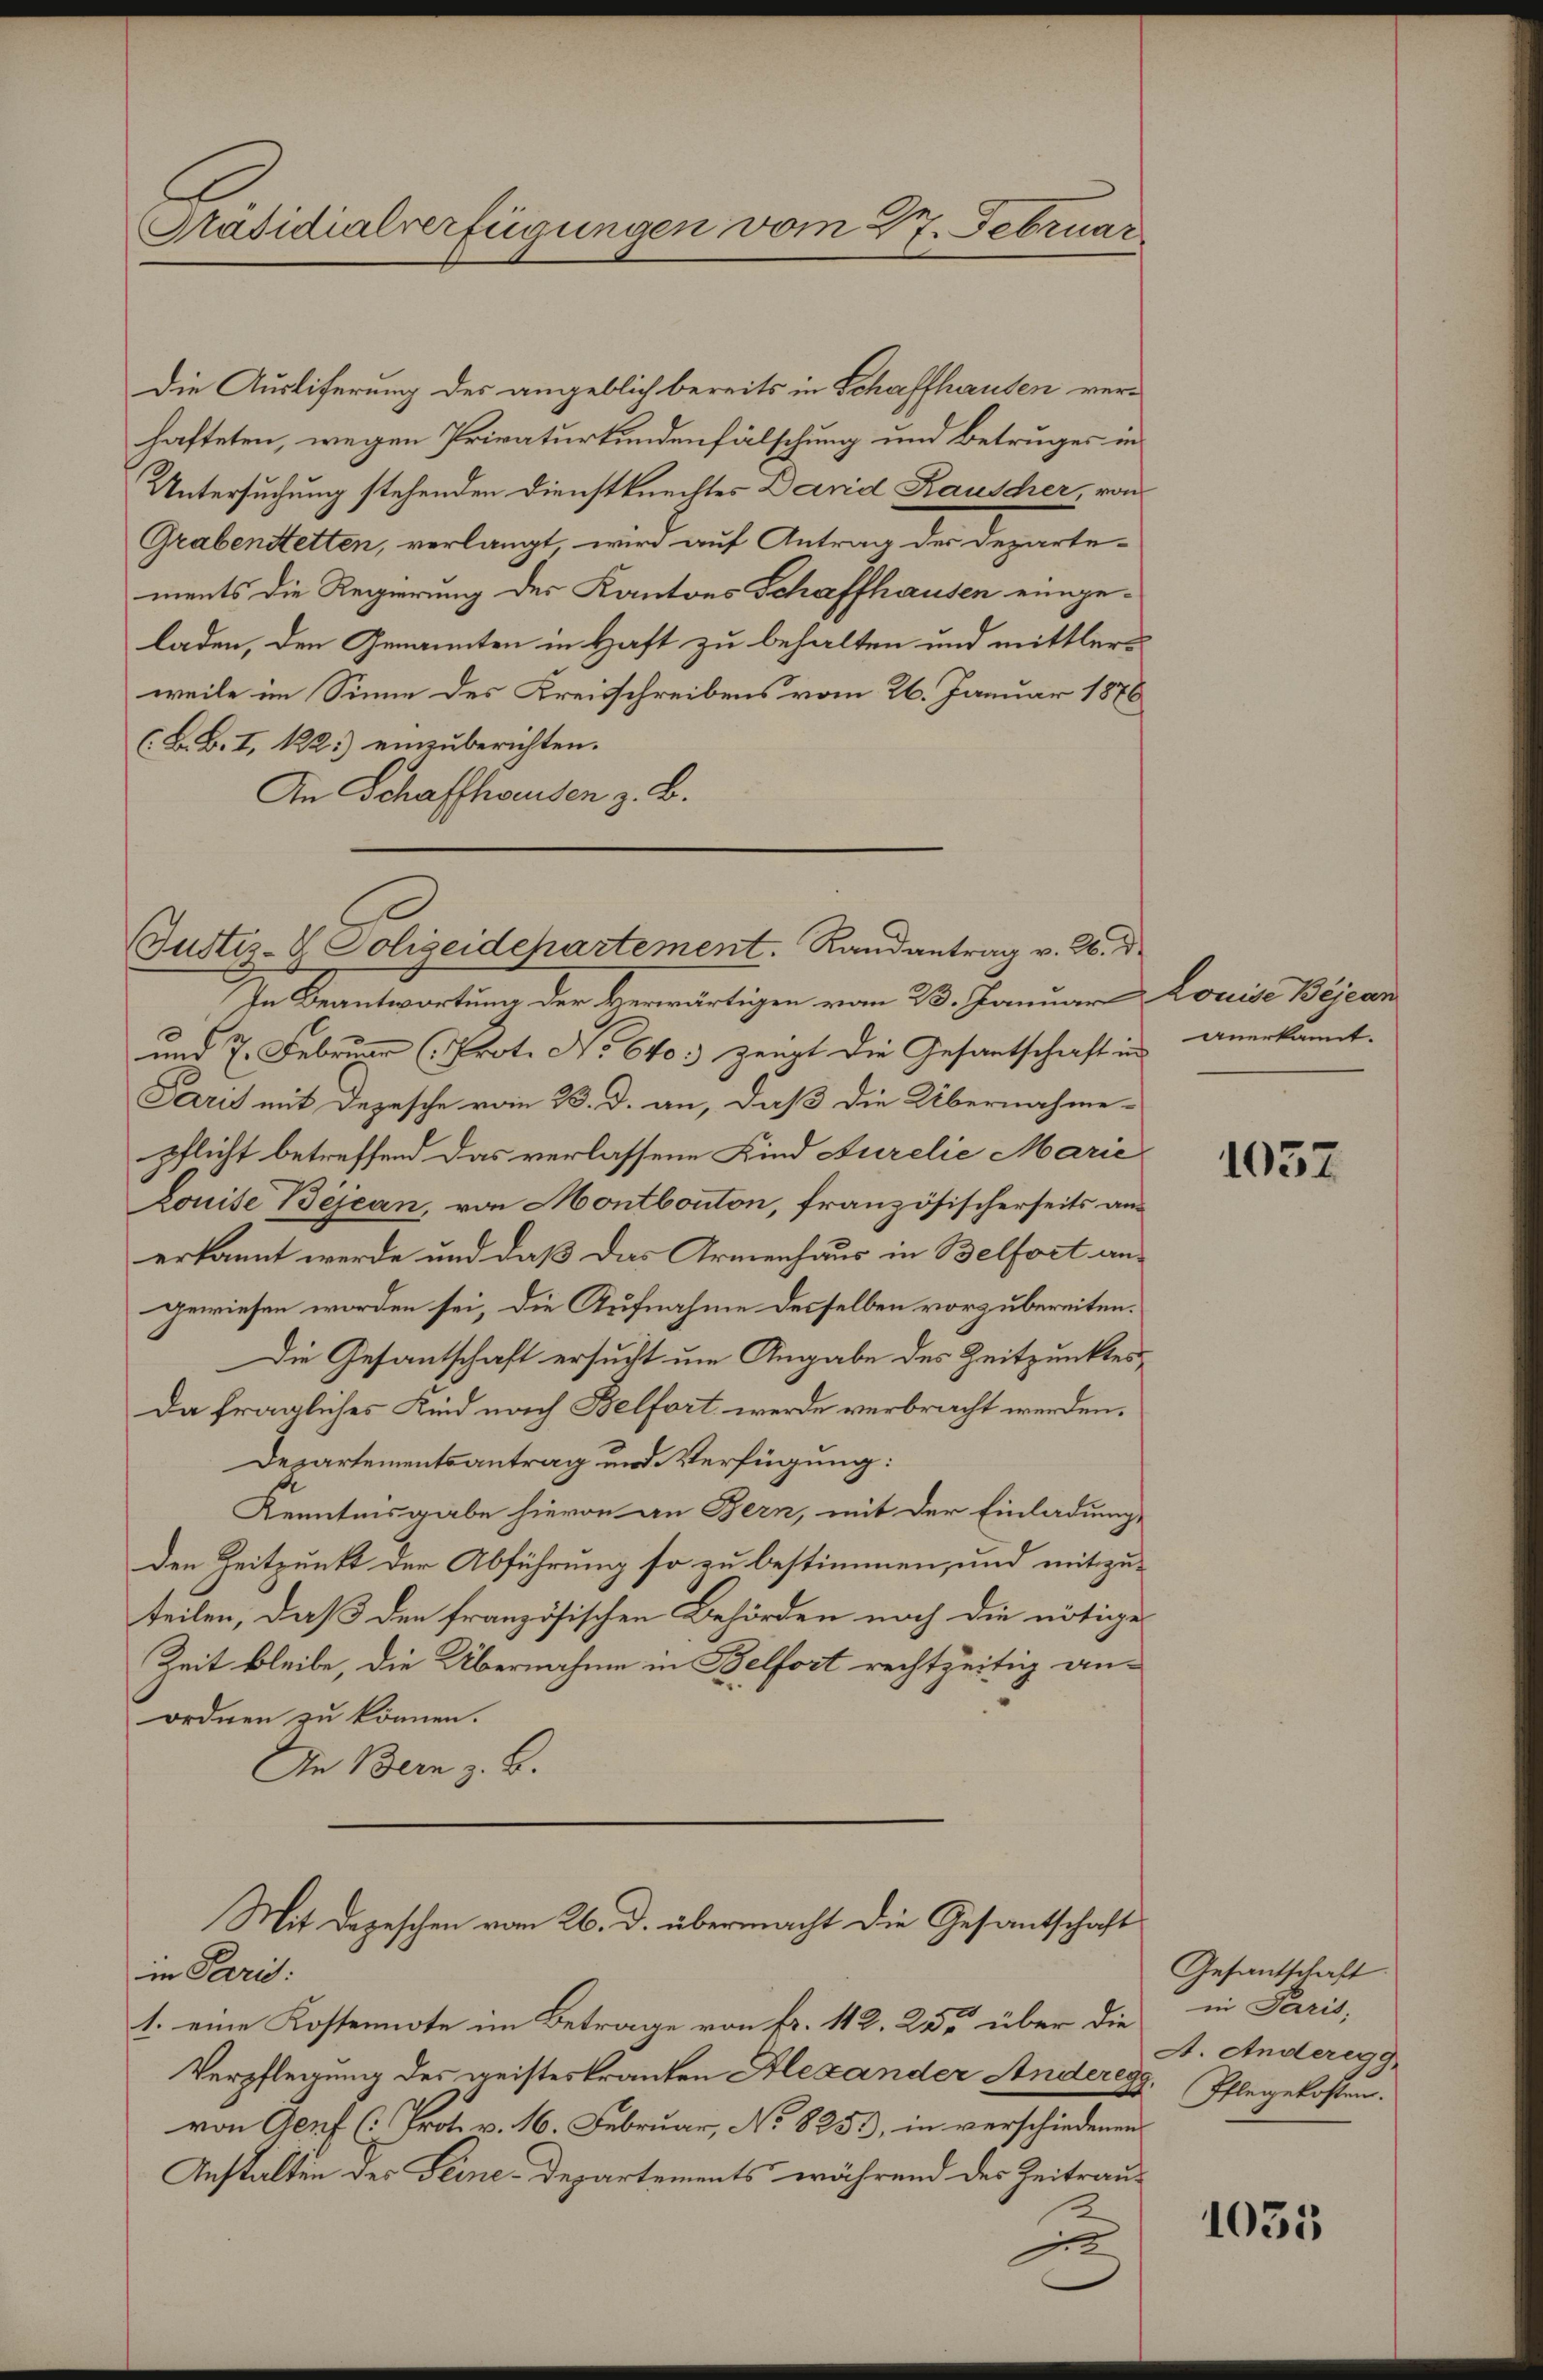
Präsidialverfügungen vom 27. Februar

Die Ausliferung des angeblich bereits in Schaffhausen verhafteten, wegen Privaturkundenfälschung und Betruges in
Untersuchung stehenden Dienstknechtes David Rauscher, von
Grabenstetten, verlangt, wird auf Antrag der Departe-
ments die Regierung des Kantons Schaffhausen eingeladen, den Genannten in Haft zu behalten und mittlers
weile im Sinne des Kreisschreibens vom 26. Januar 1876
(B. B. I, 122.) einzuberichten.
An Schaffhausen z. B.

Justiz- & Polizeidchartement. Randantrag v. M. D.

In Beantwortung der Herwärtigen vom 23. Januar Louise Bejean
und 7. Februar (Prot. No 640 zeugt die Gesantschaft in anerkannt.
Paris mit Depesche vom 23. d. an, daß die Übernahme-
pflicht betreffend das verlassene Kind Aurelie Marić
Louise Bejean, von Montbonton, französischerseits anerkannt werde und daß das Armenhaus in Belfort an-
gewiesen worden sei, die Aufnahme desselben vorzubereiten.
Die Gesantschaft ersucht um Angabe des Zeitpunktes
Da fragliches Kind nach Belfort werde verbracht werden.
Departementsantrag und Verfügung:
Kenntnisgabe hievon an Bern, mit der Einladung
den Zeitpunkt der Abführung so zu bestimmen, und mitzuteilen, daß den französischen Behörden noch die nötiges
Zeit bleibe, die Übernahme in Belfort rechtzeitig anordnen zu können.
An Bern z. B.
Mit Depeschen vom 26. d. übermacht die Gesantschaft
in Paris:
1. eine Kostennote im Betrage von Fr. 112. 25 über die in Paris,
Verpflegung des geisteskranken Alexander Andereg
von Genf (Prot. v. 16. Februar, No 8251), in verschiedenen
Anstalten des Seine Departements während des Zeitrau¬
2
s

1057

Gesantschaft.
A. Anderegg,
Pflegekosten.

1035